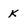
Character: K